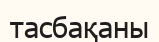
тасбақаны